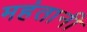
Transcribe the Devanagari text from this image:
महंतानी